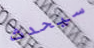
سيحدث